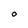
Character: O